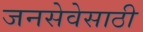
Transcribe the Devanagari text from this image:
जनसेवेसाठी